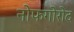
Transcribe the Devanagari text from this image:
नोफगोरोद